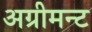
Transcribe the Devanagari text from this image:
अग्रीमन्ट